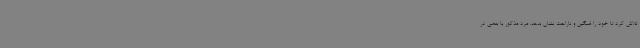
تلاش کرد تا خود را غمگین و ناراحت نشان بدهد. مرد مذکور با بغضی در